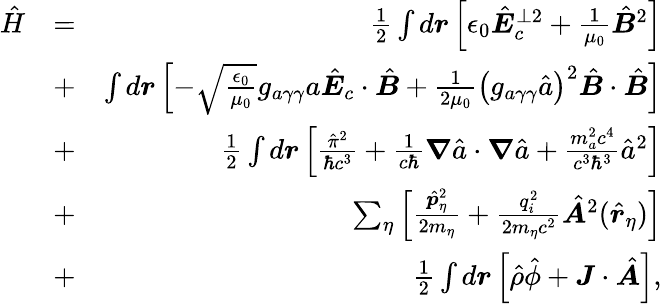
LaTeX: \begin{array}{rlr}{\hat{H}}&{=}&{\frac 12\int d\boldsymbol r\left[\epsilon_{0}\hat{\boldsymbol E}_{c}^{\perp 2}+\frac{1}{\mu_{0}}\hat{\boldsymbol B}^{2}\right]}\\ &{+}&{\int d\boldsymbol r\left[-\sqrt{\frac{\epsilon_{0}}{\mu_{0}}}g_{a\gamma\gamma}a\hat{\boldsymbol E}_{c}\cdot\hat{\boldsymbol B}+\frac{1}{2\mu_{0}}\left(g_{a\gamma\gamma}\hat{a}\right)^{2}\hat{\boldsymbol B}\cdot\hat{\boldsymbol B}\right]}\\ &{+}&{\frac{1}{2}\int d\boldsymbol r\left[\frac{\hat{\pi}^{2}}{\hbar c^{3}}+\frac{1}{c\hbar}\boldsymbol\nabla\hat{a}\cdot\boldsymbol\nabla\hat{a}+\frac{m_{a}^{2}c^{4}}{c^{3}\hbar^{3}}\hat{a}^{2}\right]}\\ &{+}&{\sum_{\eta}\left[\frac{\hat{\boldsymbol p}_{\eta}^{2}}{2m_{\eta}}+\frac{q_{i}^{2}}{2m_{\eta}c^{2}}\hat{\boldsymbol A}^{2}(\hat{\boldsymbol r}_{\eta})\right]}\\ &{+}&{\frac{1}{2}\int d\boldsymbol r\left[\hat{\rho}\hat{\phi}+\boldsymbol J\cdot\hat{\boldsymbol A}\right],}\end{array}